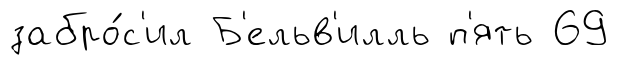
забро́с'ил Б'ельв'илль п'ять 69